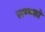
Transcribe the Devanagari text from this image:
सम्मको